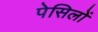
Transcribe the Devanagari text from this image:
पेसिलों